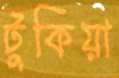
টুকিয়া